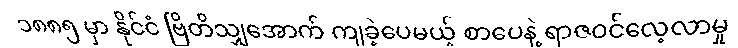
၁၈၈၅ မှာ နိုင်ငံ ဗြိတိသျှအောက် ကျခဲ့ပေမယ့် စာပေနဲ့ ရာဇဝင်လေ့လာမှု